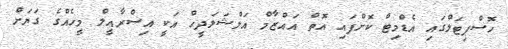
ހޮސްޕިޓަލްގައި އެޑްމިޓް ކޮށްފައި އޮތް އައްޒާމް އަލްޝަލަދީހް އަކީ އިސްރާއީލް މީހެއްގެ ގަޔަށް